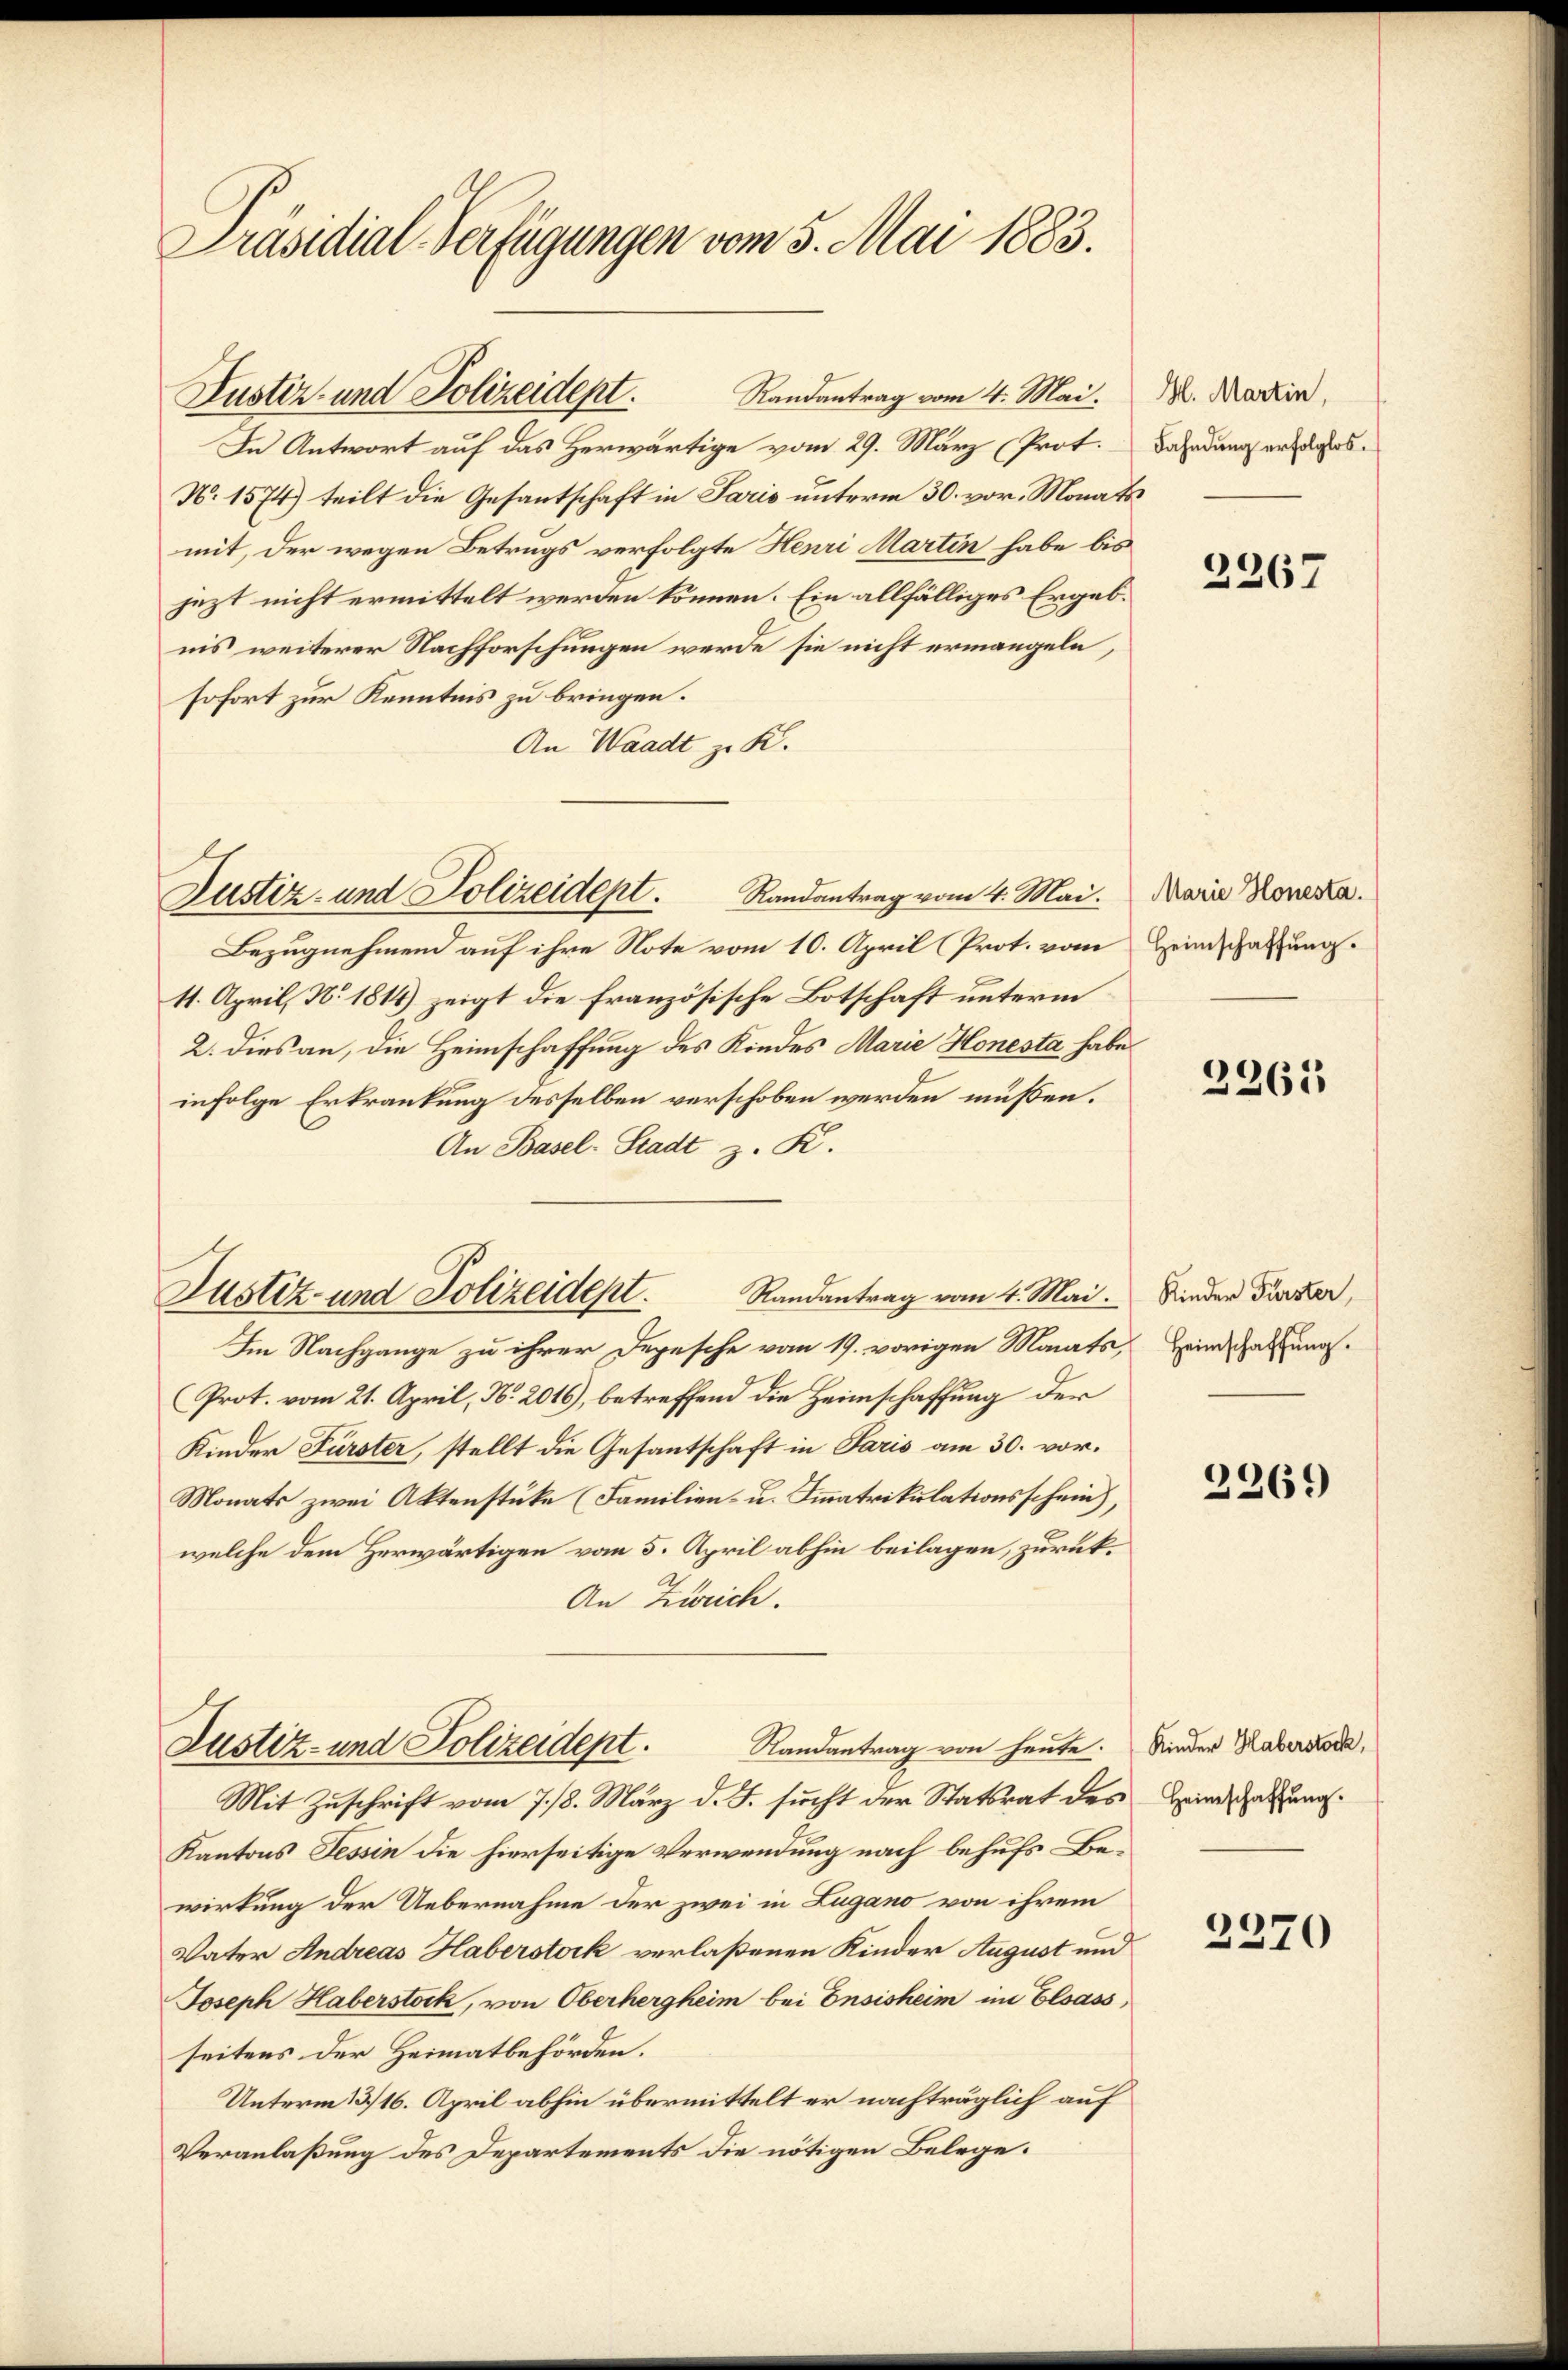
Präsidial-Verfügungen vom 5. Mai 1883.

In Antwort auf das Herwärtige vom 29. März (Prot.
N. 1574) teilt die Gesantschaft in Paris unterm 30. vor. Monats
mit, der wegen Betrugs verfolgte Henri Martin habe bis
jezt nicht ermittelt werden können. Ein allfälliges Ergebnis weiterer Nachforschungen werde sie nicht ermangeln,
sofort zur Kenntnis zu bringen.
An Waadt zu K.
Bezugnehmend auf ihre Note vom 10. April (Prot. vom Heimschaftung.
11. April, N. 1814) zeigt die französische Botschaft unterm
2. dies an, die Heimschaffung des Kindes Marie Honesta habe
infolge Erkrankung desselben verschoben werden müssen.
An Basel-Stadt z. R.
Randantrag vom 4. Mai. Rieder Furzer,
Im Nachgange zu ihrer Depesche vom 19. vorigen Monats, Heinschaftung.
Prot. vom 21. April, No 2016), betreffend die Heimschaffung der
Kinder Fürster, stellt die Gesantschaft in Paris am 30. vor.
Monats zwei Aktenstüke (Familien- u. Immatrikulationsschein),
welche dem Herwärtigen vom 5. April abhin beilagen, zurück¬
An Zürich.
Justiz- und Polizeidept. Randantrag von heute.
Mit Zuschrift vom 7./8. März d. J. sucht der Statsrat des Heimatung.
Kantons Tessin die hierseitige Verwendung nach behufs Bewirkung der Uebernahme der zwei in Lugano von ihrem
Vater Andreas Haberstork verlaßenen Kinder August und
Joseph Haberstock, von Oberhergheim bei Ensisheim im Elsass,
seitens der Heimatbehörden.
Unterm 13. 16. April abhin übermittelt er nachträglich auf
Veranlaßung des Departements die nötigen Belege.

Zustiz- und Polizeidept. Randantrag vom 4. Mai.

Justiz- und Polizeidept. Randantrag vom 4. Mai.

Justiz- und Polizeidept.

H. Martin
Fahndung erfolglos.

2267

Marie Honesta

2265

2269

Kinder Haberstock,

2270